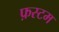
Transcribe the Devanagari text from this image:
फ़स्टम